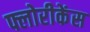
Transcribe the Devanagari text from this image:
फ्लोरीकेंस